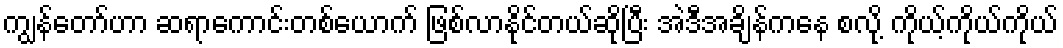
ကျွန်တော်ဟာ ဆရာကောင်းတစ်ယောက် ဖြစ်လာနိုင်တယ်ဆိုပြီး အဲဒီအချိန်ကနေ စလို့ ကိုယ့်ကိုယ်ကိုယ်